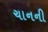
ચાનની